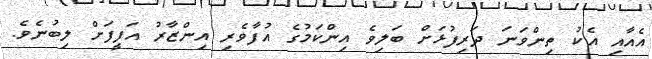
އެއާއި އެކު ތިންވަނަ ދަރިފުޅަށް ބަލިވެ އިންކަމުގެ އުފާވެރި އިންޒާރު އަފީފަށް ލިބުނެވެ.